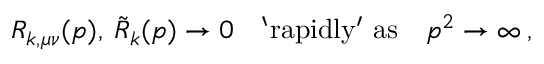
R _ { k , \mu \nu } ( p ) , \: \tilde { R } _ { k } ( p ) \to 0 \quad \mathrm { ` r a p i d l y ^ { \prime } ~ a s } \quad p ^ { 2 } \to \infty \: ,